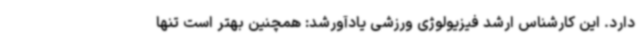
دارد. این کارشناس ارشد فیزیولوژی ورزشی یادآورشد: همچنین بهتر است تنها